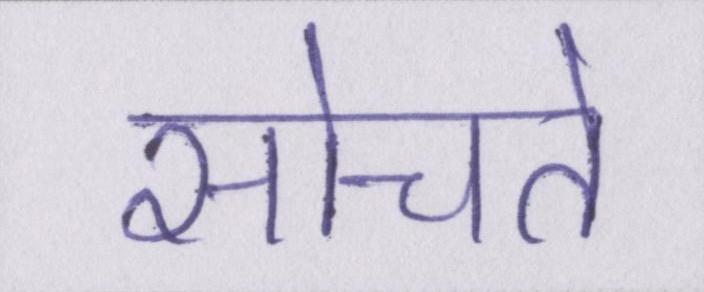
सोचते